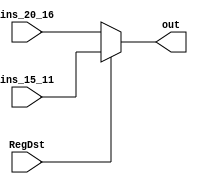
`timescale 1ns / 1ps
//////////////////////////////////////////////////////////////////////////////////
// Company: 
// Engineer: 
// 
// Design Name: 
// Module Name: Mux1
// Project Name: 
// Target Devices: 
// Tool Versions: 
// Description: 
// 
// Dependencies: 
// 
// Revision:
// Revision 0.01 - File Created
// Additional Comments:
// 
//////////////////////////////////////////////////////////////////////////////////


module Mux1(input RegDst,input [4:0] ins_15_11,input [4:0] ins_20_16,output reg [4:0]out);
always@(RegDst or ins_15_11 or ins_20_16)begin
if(RegDst == 1'b0)begin out <= ins_20_16;end
else begin out<= ins_15_11;end
end
endmodule